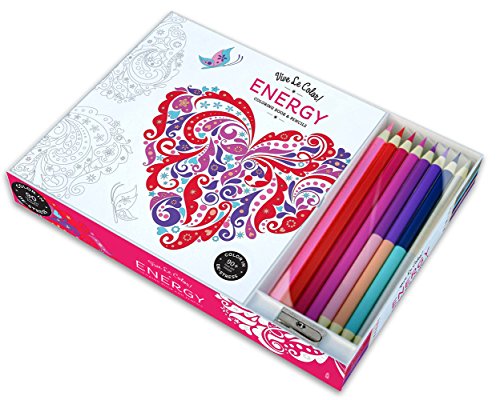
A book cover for Vive Le Color! Energy (Coloring Book and Pencils): Color Therapy Kit; Abrams Noterie; Humor & Entertainment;